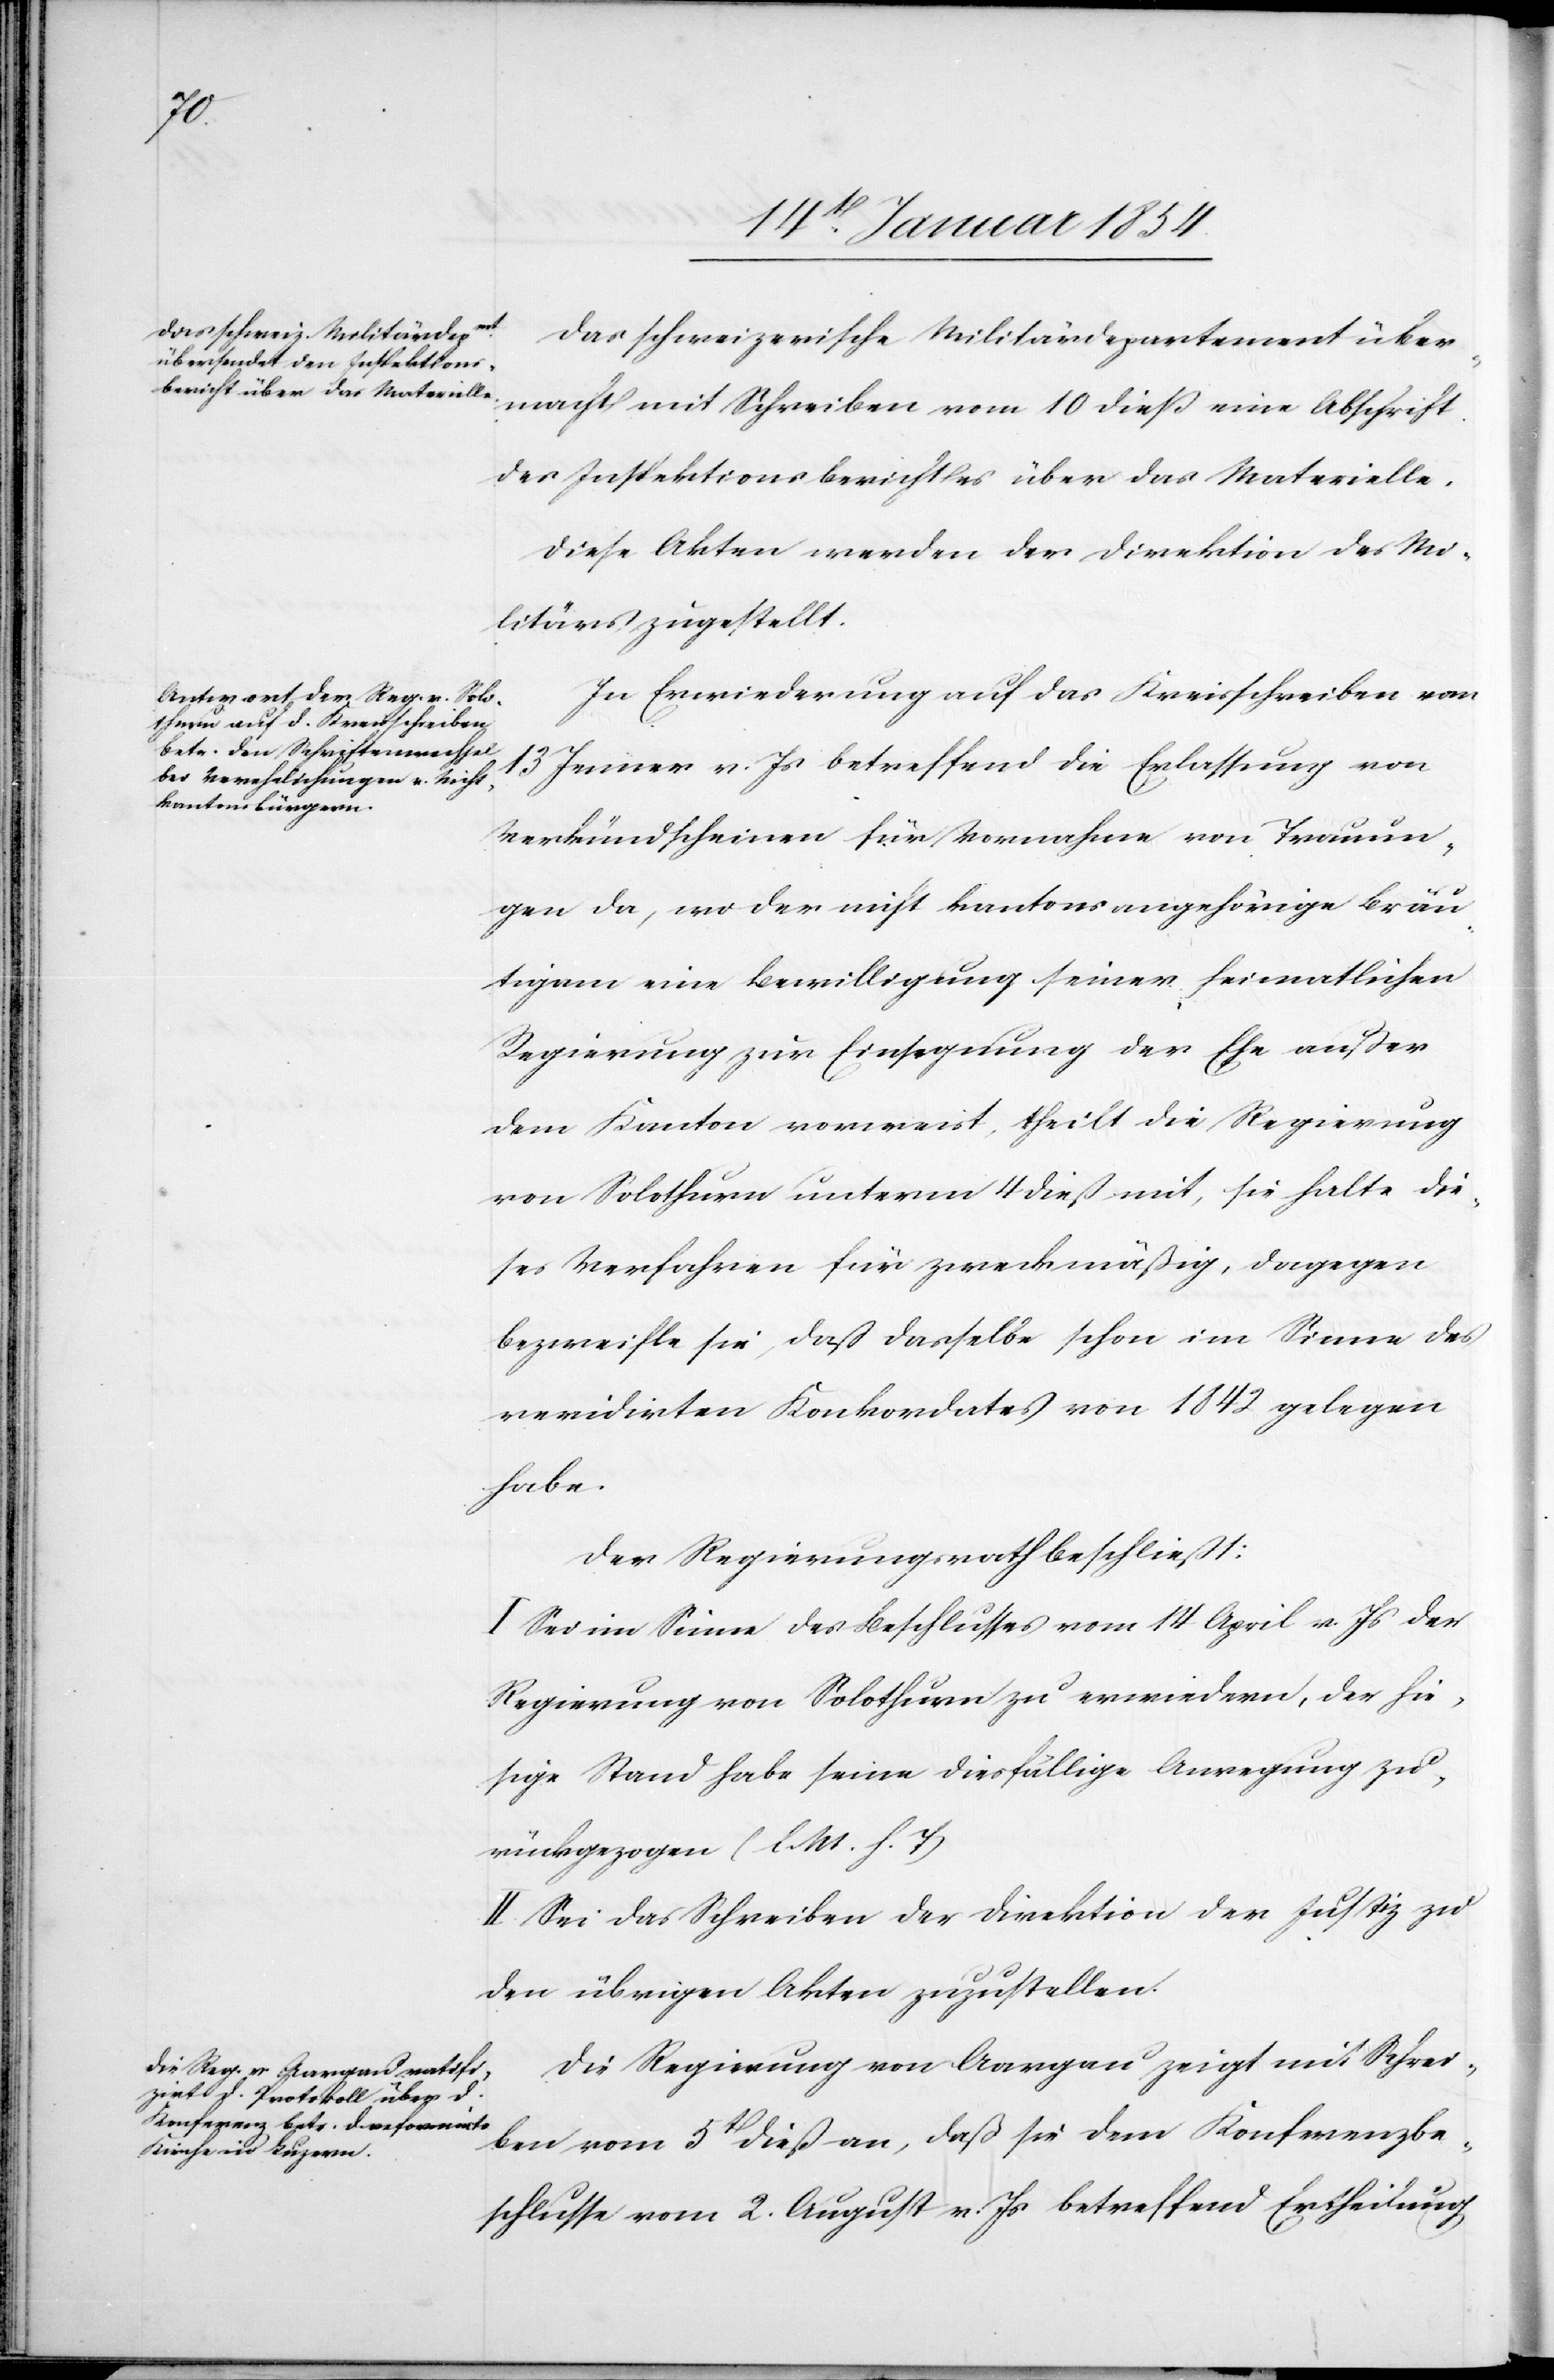
Das schweizerische Militärdepartement über¬
macht mit Schreiben vom 10 dieß eine Abschrift
des Inspektionsberichtes über das Materielle.
Diese Akten werden der Direktion des Mi¬
litärs zugestellt.
In Erwiederung auf das Kreisschreiben vom
13 Jenner v. Js betreffend die Erlassung von
Verkündscheinen für Vornahme von Trauun¬
gen da, wo der nicht kantonsangehörige Bräu¬
tigam eine Bewilligung seiner heimatlichen
Regierung zur Einsegnung der Ehe außer
dem Kanton vorweist, theilt die Regierung
von Solothurn unterm 4 dieß mit, sie halte die¬
ses Verfahren für zweckmäßig, dagegen
bezweifle sie, daß dasselbe schon im Sinne des
revidirten Konkordates von 1842 gelegen
habe.
Der Regierungsrath beschließt:
I. Sei im Sinne des Beschlusses vom 14 April v. Js der
Regierung von Solothurn zu erwiedern, der hie¬
sige Stand habe seine diesfällige Anregung zu¬
rückgezogen (l. M. h. T)
II. Sei das Schreiben der Direktion der Justiz zu
den übrigen Akten zuzustellen.
Die Regierung von Aargau zeigt mit Schrei¬
ben vom 5t dieß an, daß sie dem Konferenzbe¬
schlusse vom 2. August v. Js betreffend Entscheidung